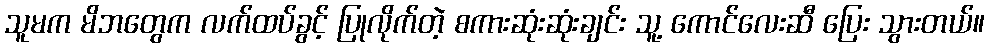
သူမက မိဘတွေက လက်ထပ်ခွင့် ပြုလိုက်တဲ့ စကားဆုံးဆုံးချင်း သူ့ ကောင်လေးဆီ ပြေး သွားတယ်။